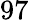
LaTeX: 97